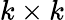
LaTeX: k\times k